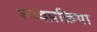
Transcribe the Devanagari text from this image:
शब्दप्रक्रिया